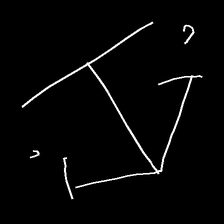
Glyph: earth